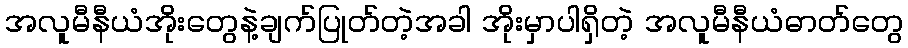
အလူမီနီယံအိုးတွေနဲ့ချက်ပြုတ်တဲ့အခါ အိုးမှာပါရှိတဲ့ အလူမီနီယံဓာတ်တွေ